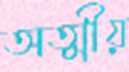
অত্মীয়